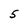
Character: 5